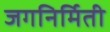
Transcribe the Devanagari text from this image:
जगनिर्मिती